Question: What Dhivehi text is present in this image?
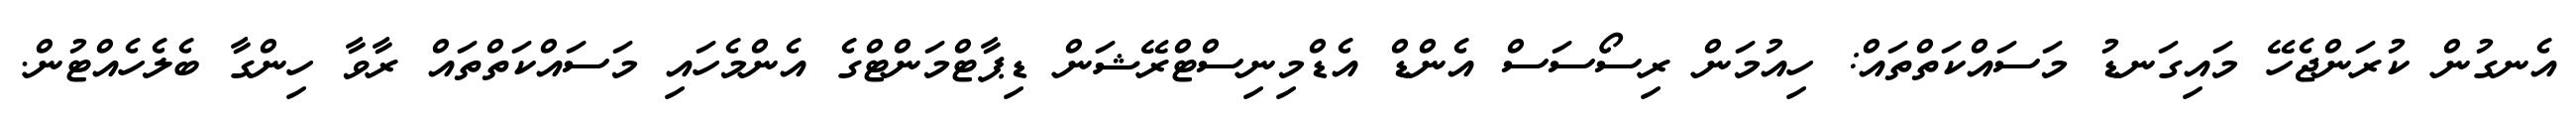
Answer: އެނގުން ކުރަންޖެހޭ މައިގަނޑު މަސައްކަތްތައް: ހިއުމަން ރިސޯސަސް އެންޑް އެޑްމިނިސްޓްރޭޝަން ޑިޕާޓްމަންޓްގެ އެންމެހައި މަސައްކަތްތައް ރާވާ ހިންގާ ބެލެހެއްޓުން.